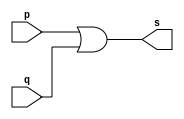
// ------------------------- 
// Exemplo0004 - OR 
// Nome:Rafael Lopes Barbosa 
// ------------------------- 
// ------------------------- 
// -- or gate 
// ------------------------- 
module orgate ( output s, 
input p, q); 
assign s = p | q; 
endmodule // orgate 
// --------------------- 
// -- test or gate 
// --------------------- 
module testorgate; 
// ------------------------- dados locais 
reg a, b; // definir registradores 
wire s; // definir conexao (fio) 
// ------------------------- instancia 
orgate OR1 (s, a, b); 
// ------------------------- preparacao 
initial begin:start 
a=0; b=0; 
end 
// ------------------------- parte principal 
initial begin 
$display("Exemplo0004 - Rafael Lopes Barbosa - 435052"); 
$display("Test OR gate"); 
$display("\na & b = s\n"); 
a=0; b=0; 
#1 $display("%b & %b = %b", a, b, s); 
a=0; b=1; 
#1 $display("%b & %b = %b", a, b, s); 
a=1; b=0; 
#1 $display("%b & %b = %b", a, b, s); 
a=1; b=1; 
#1 $display("%b & %b = %b", a, b, s); 
end 
endmodule // testorgate